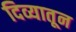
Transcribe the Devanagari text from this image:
दिव्यातून